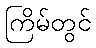
ကြိမ်တွင်